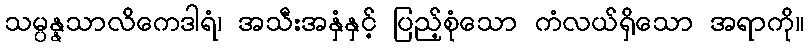
သမ္ပန္နသာလိကေဒါရံ၊ အသီးအနှံနှင့် ပြည့်စုံသော ကံလယ်ရှိသော အရာကို။